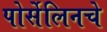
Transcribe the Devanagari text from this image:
पोर्सेलिनचे